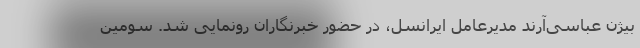
بیژن عباسی‌آرند مدیرعامل ایرانسل، در حضور خبرنگاران رونمایی شد. سومین